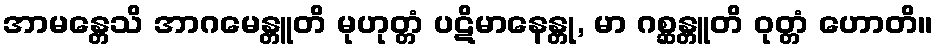
အာမန္တေသိ အာဂမေန္တူတိ မုဟုတ္တံ ပဋိမာနေန္တု, မာ ဂစ္ဆန္တူတိ ဝုတ္တံ ဟောတိ။